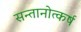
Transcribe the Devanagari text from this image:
सन्तानोत्कर्ष